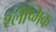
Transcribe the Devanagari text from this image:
श्‍लैष्‍मिक